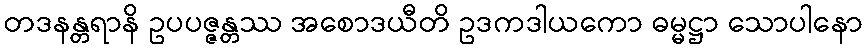
တဒနန္တရာနိ ဥပပဇ္ဇန္တဿ အစောဒယီတိ ဥဒကဒါယကော ဓမ္မဋ္ဌာ သောပါနော